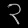
Digit: ၃